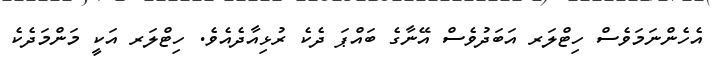
އެހެންނަމަވެސް ހިޓްލަރ އަބަދުވެސް އޭނާގެ ބައްޕަ ދެކެ ރުޅިއާދެއެވެ. ހިޓްލަރ އަކީ މަންމަދެކެ